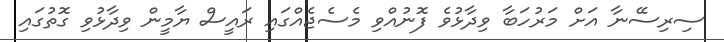
ސިރިސޭނާ އަށް މަރުހަބާ ވިދާޅުވެ ފޮނުއްވި މެސެޖެއްގައި ރައީސް ޔާމީން ވިދާޅުވި ގޮތުގައި